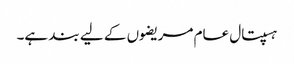
ہسپتال عام مریضوں کے لیے بند ہے۔